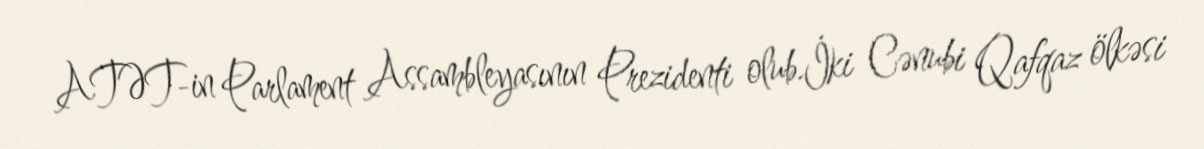
ATƏT-in Parlament Assambleyasının Prezidenti olub.İki Cənubi Qafqaz ölkəsi